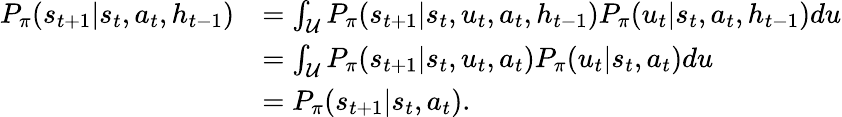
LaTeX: \begin{array}{rl}{P_{\pi}(s_{t+1}|s_{t},a_{t},h_{t-1})}&{=\int_{\mathcal{U}}P_{\pi}(s_{t+1}|s_{t},u_{t},a_{t},h_{t-1})P_{\pi}(u_{t}|s_{t},a_{t},h_{t-1})du}\\ &{=\int_{\mathcal{U}}P_{\pi}(s_{t+1}|s_{t},u_{t},a_{t})P_{\pi}(u_{t}|s_{t},a_{t})du}\\ &{=P_{\pi}(s_{t+1}|s_{t},a_{t}).}\end{array}